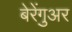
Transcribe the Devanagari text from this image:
बेरेंगुअर